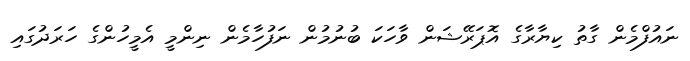
ނައުފްމެން ގާތު ކިޔާރާގެ އޮޕަރޭޝަން ވާހަކަ ބުނުމުން ނަފުހާމެން ނިންމީ އެމީހުންގެ ހަރަދުގައި